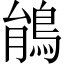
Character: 䳌